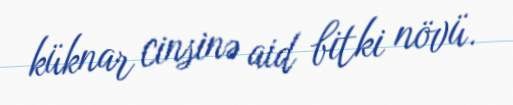
küknar cinsinə aid bitki növü.